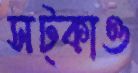
সট্‌কাও